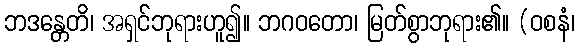
ဘဒန္တေတိ၊ အရှင်ဘုရားဟူ၍။ ဘဂဝတော၊ မြတ်စွာဘုရား၏။ (ဝစနံ၊